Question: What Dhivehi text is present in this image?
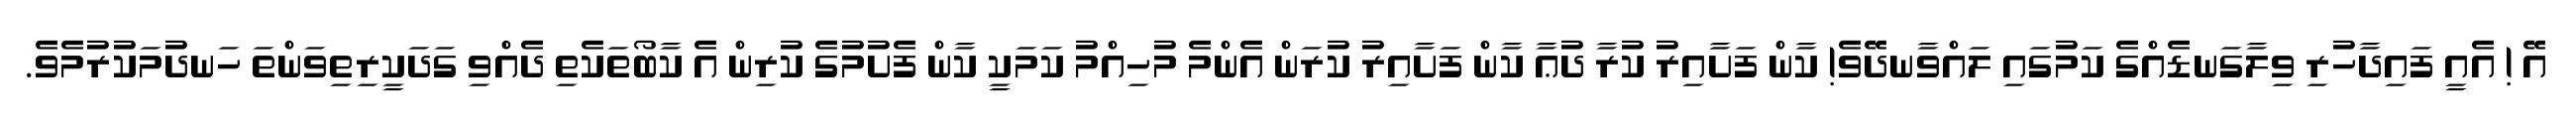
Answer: އޭ ! އެއީ ފައިދާހުރި ވިލާގަނޑެއްގެ ކަމުގައި ލައްވާނދޭވެ! ކާން ފަށާއިރު ކުރާ ދުޢާ ކާން ފަށާއިރު ކުރަން އެންމެ މުހިއްމު ކަމަކީ ކާން ފެށުމުގެ ކުރިން އެ ކާބޯތަކެތި ދެއްވި ގަދަކީރިތިވަންތަ ހަނދުމަކުރުމެވެ.